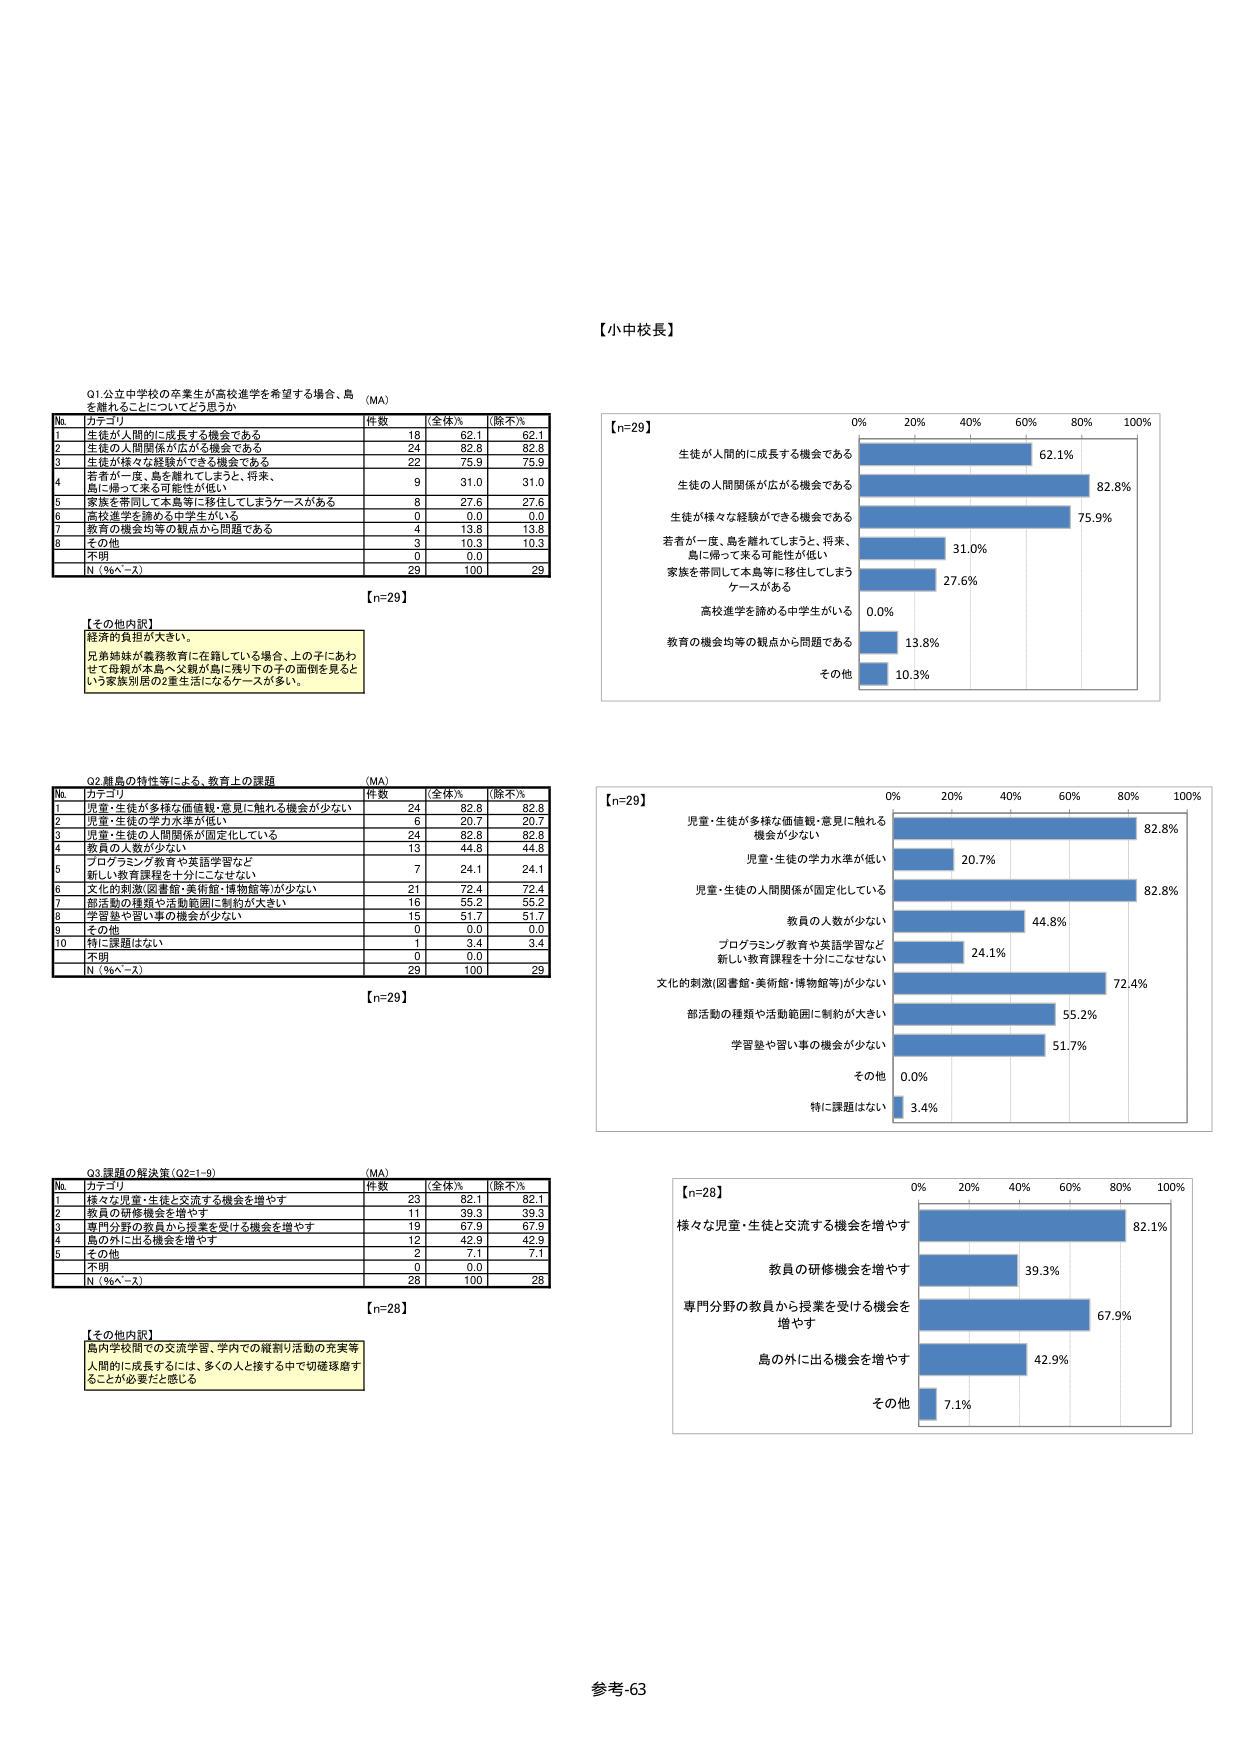
【小中校長】

Q1公立中学校の卒業生が高校進学を希望する場合、島を離れることについてどう思うか （MA）

No カテゴリ 件数 （全体%） （除不%）
1 生徒が人間的に成長する機会である 18 62.1 62.1
2 生徒の人間関係が広がる機会である 24 82.8 82.8
3 生徒が様々な経験ができる機会である 22 75.9 75.9
4 若者が一度、島を離れてしまうと、将来、島に帰って来る可能性が低い 9 31.0 31.0
5 家族を帯同して本島等に移住してしまうケースがある 8 27.6 27.6
6 高校進学を諦める中学生がいる 0 0.0 0.0
7 教育の機会均等の観点から問題である 4 13.8 13.8
8 その他 3 10.3 10.3
不明 0 0.0
N（%ベ～ス） 29 100 29

【n=29】

【その他内訳】
経済的負担が大きい。
兄弟姉妹が義務教育に在籍している場合、上の子にあわせて母親が本島へ父親が島に残り下の子の面倒を見ると
いう家族別居の2重生活になるケースが多い。

Q2離島の特性等による、教育上の課題 （MA）

No カテゴリ 件数 （全体%） （除不%）
1 児童・生徒が多様な価値観・意見に触れる機会が少ない 24 82.8 82.8
2 児童・生徒の学力水準が低い 6 20.7 20.7
3 児童・生徒の人間関係が固定化している 24 82.8 82.8
4 教員の人数が少ない 13 44.8 44.8
5 プログラミング教育や英語学習など新しい教育課程を十分にこなせない 7 24.1 24.1
6 文化的刺激(図書館・美術館・博物館等)が少ない 21 72.4 72.4
7 部活動の種類や活動範囲に制約が大きい 16 55.2 55.2
8 学習塾や習い事の機会が少ない 15 51.7 51.7
9 その他 0 0.0 0.0
10 特に課題はない 1 3.4 3.4
不明 0 0.0
N（%ベ～ス） 29 100 29

【n=29】

Q3課題の解決策（Q2=1-9） （MA）

No カテゴリ 件数 （全体%） （除不%）
1 様々な児童・生徒と交流する機会を増やす 23 82.1 82.1
2 教員の研修機会を増やす 11 39.3 39.3
3 専門分野の教員から授業を受ける機会を増やす 19 67.9 67.9
4 島の外に出る機会を増やす 12 42.9 42.9
5 その他 2 7.1 7.1
不明 0 0.0
N（%ベ～ス） 28 100 28

【n=28】

【その他内訳】
島内学校間での交流学習、学内での縦割り活動の充実等
人間的に成長するには、多くの人と接する中で切磋琢磨することが必要だと感じる

【n=29】
0% 20% 40% 60% 80% 100%
生徒が人間的に成長する機会である 62.1%
生徒の人間関係が広がる機会である 82.8%
生徒が様々な経験ができる機会である 75.9%
若者が一度、島を離れてしまうと、将来、島に帰って来る可能性が低い 31.0%
家族を帯同して本島等に移住してしまうケースがある 27.6%
高校進学を諦める中学生がいる 0.0%
教育の機会均等の観点から問題である 13.8%
その他 10.3%

【n=29】
0% 20% 40% 60% 80% 100%
児童・生徒が多様な価値観・意見に触れる機会が少ない 82.8%
児童・生徒の学力水準が低い 20.7%
児童・生徒の人間関係が固定化している 82.8%
教員の人数が少ない 44.8%
プログラミング教育や英語学習など新しい教育課程を十分にこなせない 24.1%
文化的刺激(図書館・美術館・博物館等)が少ない 72.4%
部活動の種類や活動範囲に制約が大きい 55.2%
学習塾や習い事の機会が少ない 51.7%
その他 0.0%
特に課題はない 3.4%

【n=28】
0% 20% 40% 60% 80% 100%
様々な児童・生徒と交流する機会を増やす 82.1%
教員の研修機会を増やす 39.3%
専門分野の教員から授業を受ける機会を増やす 67.9%
島の外に出る機会を増やす 42.9%
その他 7.1%

参考-63